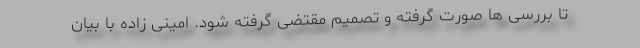
تا بررسی ها صورت گرفته و تصمیم مقتضی گرفته شود. امینی زاده با بیان